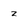
Character: z